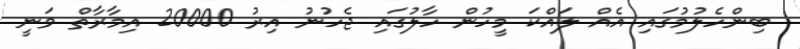
ބިންހެލުމުގައި އެއް ލައްކަ މީހުން ހާލުގައި ޖެހުނު އިރު 20000 އިމާރާތް ވަނީ